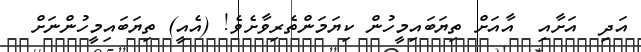
އަދި  އަށާއި  އާއަށް ތިޔަބައިމީހުން ކިޔަމަންތެރިވާށެވެ! (އެއީ) ތިޔަބައިމީހުންނަށް